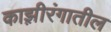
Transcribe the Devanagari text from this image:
काझ़ीरंगातील